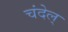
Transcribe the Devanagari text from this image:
चंदेल्